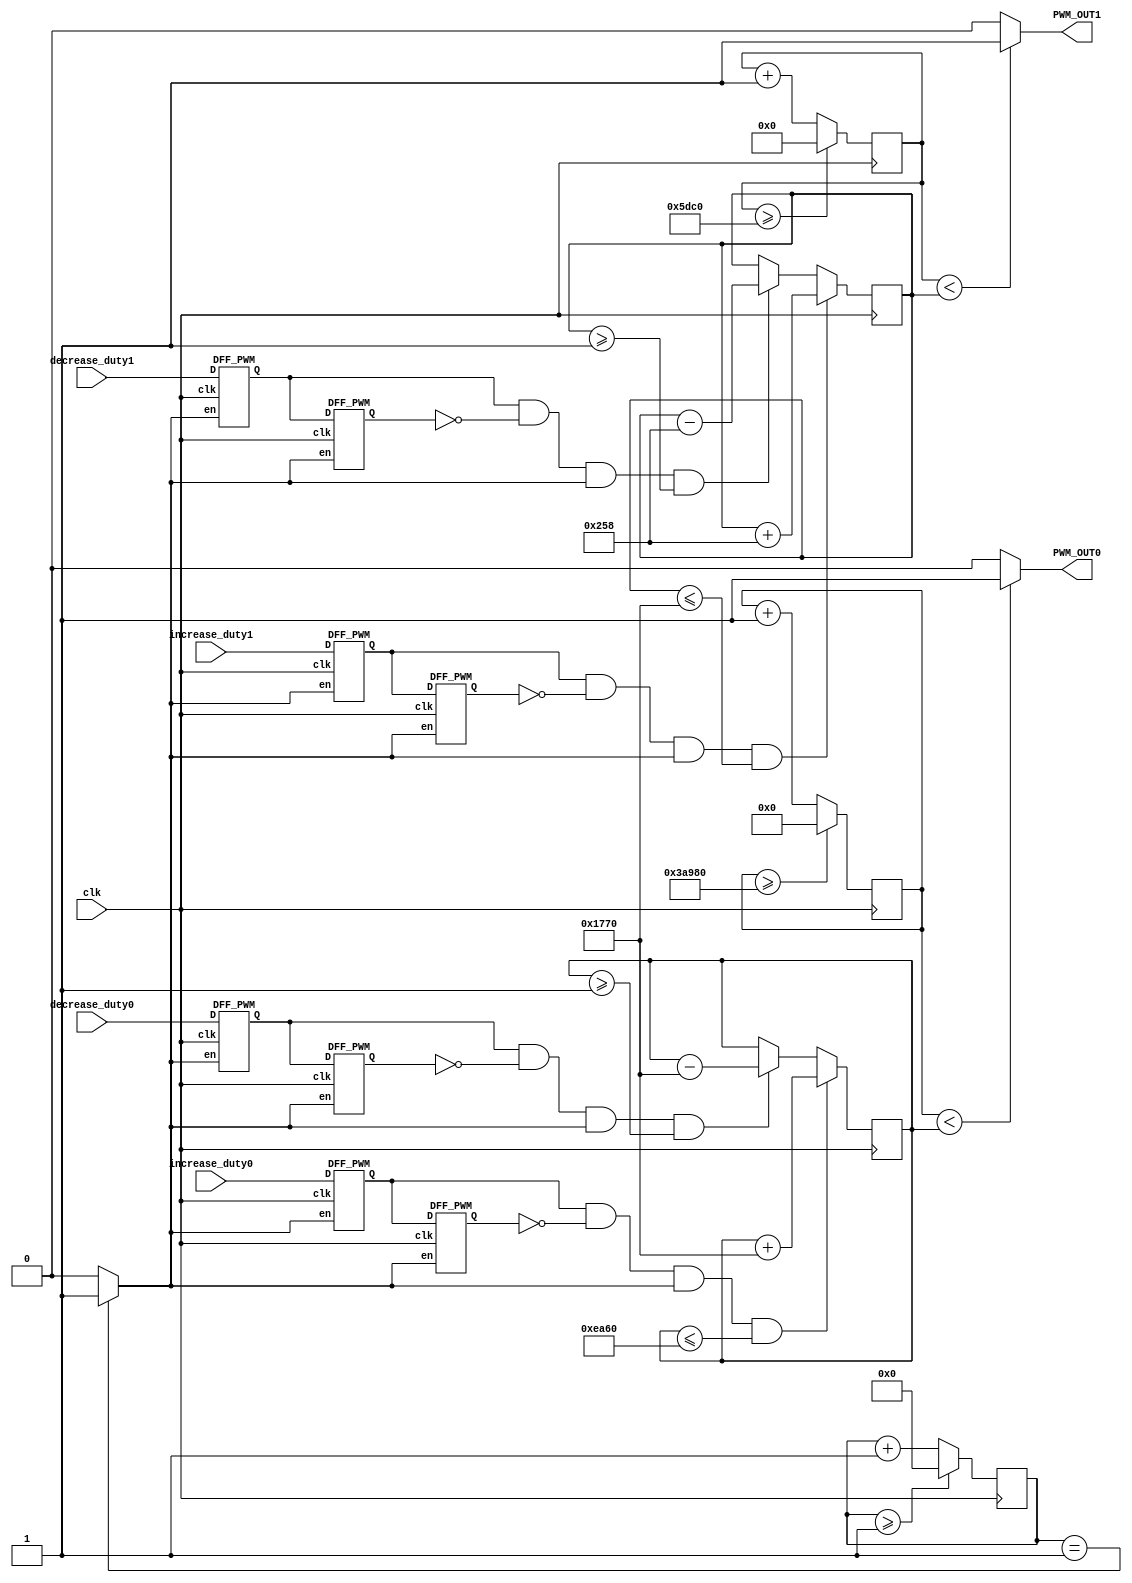
module PWM_Generator_Verilog
 (
 clk, // 12MHz clock input 

 // for Servo, at 50 Hz 
 increase_duty0, // input to increase 10% duty cycle 
 decrease_duty0, // input to decrease 10% duty cycle 

 // for ESC, at 500 Hz
 increase_duty1, // input to increase 10% duty cycle 
 decrease_duty1, // input to decrease 10% duty cycle 


 PWM_OUT0, // 50Hz PWM output signal  
 PWM_OUT1 // 500 Hz PWM output, for ESC


    );
 input clk;
 input increase_duty0;
 input decrease_duty0;
 input increase_duty1;
 input decrease_duty1;
 output PWM_OUT0;
 output PWM_OUT1; 


 wire slow_clk_enable; // slow clock enable signal for debouncing FFs
 reg[27:0] counter_debounce=0;// counter for creating slow clock enable signals 
 wire tmp1,tmp2,duty_inc0;// temporary flip-flop signals for debouncing the increasing button
 wire tmp3,tmp4,duty_dec0;// temporary flip-flop signals for debouncing the decreasing button
 wire tmp5,tmp6, duty_inc1;// temporary flip-flop signals for debouncing the increasing button - ESC
 wire tmp7,tmp8, duty_dec1;// temporary flip-flop signals for debouncing the decreasing button - ESC


 reg[18:0] counter_PWM0=0;// counter for creating 50 Hz PWM signal
 reg[16:0] counter_PWM1=0;// counter for creating 500 Hz PWM signal


 reg[18:0] DUTY_CYCLE0=60000; 
 reg[16:0] DUTY_CYCLE1=6000; 

  // Debouncing 2 buttons for inc/dec duty cycle 
  // Firstly generate slow clock enable for debouncing flip-flop (4Hz)
 always @(posedge clk)
 begin
   counter_debounce <= counter_debounce + 1;
  
   //if(counter_debounce>=25000000) then  
   // for running on FPGA -- comment when running simulation

   if(counter_debounce>=1) 
   // for running simulation -- comment when running on FPGA
    counter_debounce <= 0;
 end
 // assign slow_clk_enable = counter_debounce == 25000000 ?1:0;
 // for running on FPGA -- comment when running simulation 

 assign slow_clk_enable = counter_debounce == 1 ?1:0;

 // for running simulation -- comment when running on FPGA


 // debouncing FFs for increasing button - Servo
 DFF_PWM PWM_DFF1(clk,slow_clk_enable,increase_duty0,tmp1);
 DFF_PWM PWM_DFF2(clk,slow_clk_enable,tmp1, tmp2); 

 assign duty_inc0 =  tmp1 & (~ tmp2) & slow_clk_enable;

 // debouncing FFs for decreasing button
 DFF_PWM PWM_DFF3(clk,slow_clk_enable,decrease_duty0, tmp3);
 DFF_PWM PWM_DFF4(clk,slow_clk_enable,tmp3, tmp4); 
 assign duty_dec0 =  tmp3 & (~ tmp4) & slow_clk_enable;
 // vary the duty cycle using the debounced buttons above



 // debouncing FFs for increasing button - ESC
 DFF_PWM PWM_DFF5(clk,slow_clk_enable,increase_duty1,tmp5);
 DFF_PWM PWM_DFF6(clk,slow_clk_enable,tmp5, tmp6); 

 assign duty_inc1 =  tmp5 & (~ tmp6) & slow_clk_enable;

 // debouncing FFs for decreasing button
 DFF_PWM PWM_DFF7(clk,slow_clk_enable,decrease_duty1, tmp7);
 DFF_PWM PWM_DFF8(clk,slow_clk_enable,tmp7, tmp8); 
 assign duty_dec1 =  tmp7 & (~ tmp8) & slow_clk_enable;
 // vary the duty cycle using the debounced buttons above






 always @(posedge clk)
 begin
   if(duty_inc0==1 && DUTY_CYCLE0 <= 60000) 
    DUTY_CYCLE0 <= DUTY_CYCLE0 + 6000;// increase duty cycle by 10%
   else if(duty_dec0==1 && DUTY_CYCLE0>=1) 
    DUTY_CYCLE0 <= DUTY_CYCLE0 - 6000;//decrease duty cycle by 10%
 end 
// Create 50 Hz PWM signal with variable duty cycle controlled by 2 buttons 
 always @(posedge clk)
 begin
   counter_PWM0 <= counter_PWM0 + 1;
   if(counter_PWM0>=240000) 
    counter_PWM0 <= 0;
 end
 assign PWM_OUT0 = counter_PWM0 < DUTY_CYCLE0 ? 1:0;



 always @(posedge clk)
 begin
   if(duty_inc1==1 && DUTY_CYCLE1 <= 6000) 
    DUTY_CYCLE1 <= DUTY_CYCLE1 + 600;// increase duty cycle by 10%
   else if(duty_dec1==1 && DUTY_CYCLE1>=1) 
    DUTY_CYCLE1 <= DUTY_CYCLE1 - 600;//decrease duty cycle by 10%
 end 
// Create 500 Hz PWM signal with variable duty cycle controlled by 2 buttons 
 always @(posedge clk)
 begin
   counter_PWM1 <= counter_PWM1 + 1;
   if(counter_PWM1>=24000) 
    counter_PWM1 <= 0;
 end
 assign PWM_OUT1 = counter_PWM1 < DUTY_CYCLE1 ? 1:0;
endmodule


// Debouncing DFFs for push buttons on FPGA
module DFF_PWM(clk,en,D,Q);
input clk,en,D;
output reg Q;
always @(posedge clk)
begin 
 if(en==1) // slow clock enable signal 
  Q <= D;
end 
endmodule